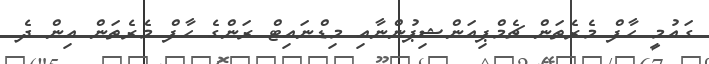
ގައުމީ ހާފް މެރެތަން ޗެމްޕިއަންޝިޕުންނާއި މިޑްނައިޓް ރަންގެ ހާފް މެރެތަން އިން ދެ